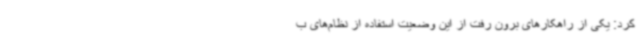
کرد: یکی از راهکارهای برون رفت از این وضعیت استفاده از نظام‌های ب